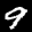
Label: 9